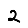
Digit: 2